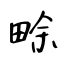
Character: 畭